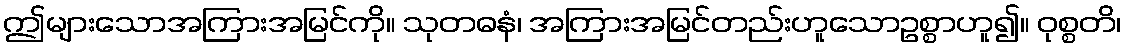
ဤများသောအကြားအမြင်ကို။ သုတဓနံ၊ အကြားအမြင်တည်းဟူသောဥစ္စာဟူ၍။ ဝုစ္စတိ၊